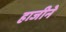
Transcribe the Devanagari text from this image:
हाजीने